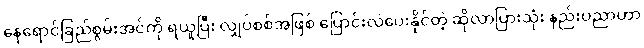
နေရောင်ခြည်စွမ်းအင်ကို ရယူပြီး လျှပ်စစ်အဖြစ် ပြောင်းလဲပေးနိုင်တဲ့ ဆိုလာပြားသုံး နည်းပညာဟာ